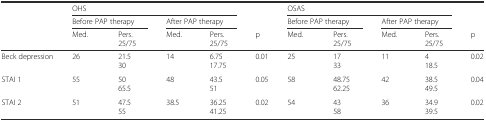
<table><thead><tr><td></td><td colspan="4"><b>OHS</b></td><td></td><td colspan="4"><b>OSAS</b></td><td></td></tr><tr><td></td><td colspan="2"><b>Before PAP therapy</b></td><td colspan="2"><b>After PAP therapy</b></td><td></td><td colspan="2"><b>Before PAP therapy</b></td><td colspan="2"><b>After PAP therapy</b></td><td></td></tr><tr><td></td><td><b>Med.</b></td><td><b>Pers.25/75</b></td><td><b>Med.</b></td><td><b>Pers.25/75</b></td><td><b>p</b></td><td><b>Med.</b></td><td><b>Pers.25/75</b></td><td><b>Med.</b></td><td><b>Pers.25/75</b></td><td><b>p</b></td></tr></thead><tbody><tr><td>Beck depression</td><td>26</td><td>21.530</td><td>14</td><td>6.7517.75</td><td>0.01</td><td>25</td><td>1733</td><td>11</td><td>418.5</td><td>0.02</td></tr><tr><td>STAI 1</td><td>55</td><td>5065.5</td><td>48</td><td>43.551</td><td>0.05</td><td>58</td><td>48.7562.25</td><td>42</td><td>38.549.5</td><td>0.04</td></tr><tr><td>STAI 2</td><td>51</td><td>47.555</td><td>38.5</td><td>36.2541.25</td><td>0.02</td><td>54</td><td>4358</td><td>36</td><td>34.939.5</td><td>0.02</td></tr></tbody></table>